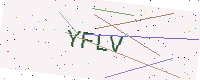
Text: YFLV